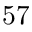
^ Ḋ 5 7 Ḍ